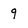
Character: 9